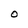
Character: 0